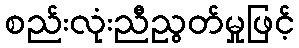
စည်းလုံးညီညွတ်မှုဖြင့်